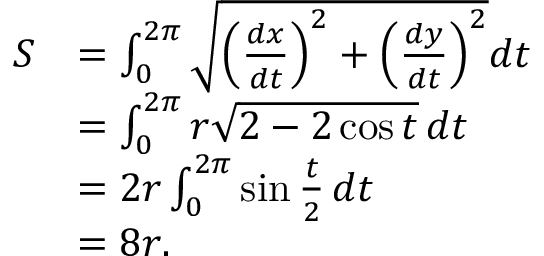
{ \begin{array} { r l } { S } & { = \int _ { 0 } ^ { 2 \pi } { \sqrt { \left( { \frac { d x } { d t } } \right) ^ { 2 } + \left( { \frac { d y } { d t } } \right) ^ { 2 } } } d t } \\ & { = \int _ { 0 } ^ { 2 \pi } r { \sqrt { 2 - 2 \cos t } } \, d t } \\ & { = 2 r \int _ { 0 } ^ { 2 \pi } \sin { \frac { t } { 2 } } \, d t } \\ & { = 8 r . } \end{array} }